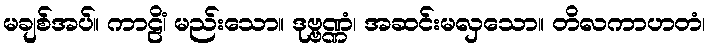
မချစ်အပ်။ ကာဠိံ၊ မည်းသော။ ဒုဗ္ဗဏ္ဏံ၊ အဆင်းမလှသော။ တိလကာဟတံ၊